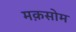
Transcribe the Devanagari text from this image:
मक़सोम